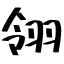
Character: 翎